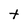
Character: t